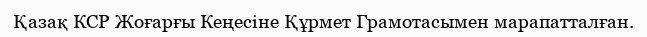
Қазақ КСР Жоғарғы Кеңесіне Құрмет Грамотасымен марапатталған.